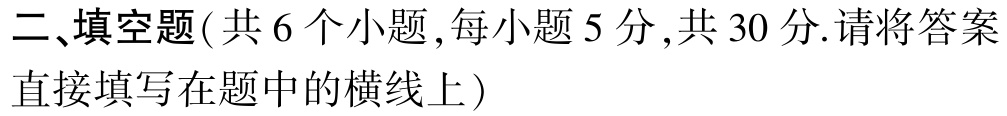
二、填空题(共 6 个小题,每小题 5 分,共 30 分.请将答案直接填写在题中的横线上)